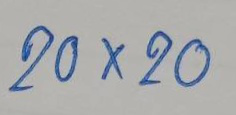
20 x 20